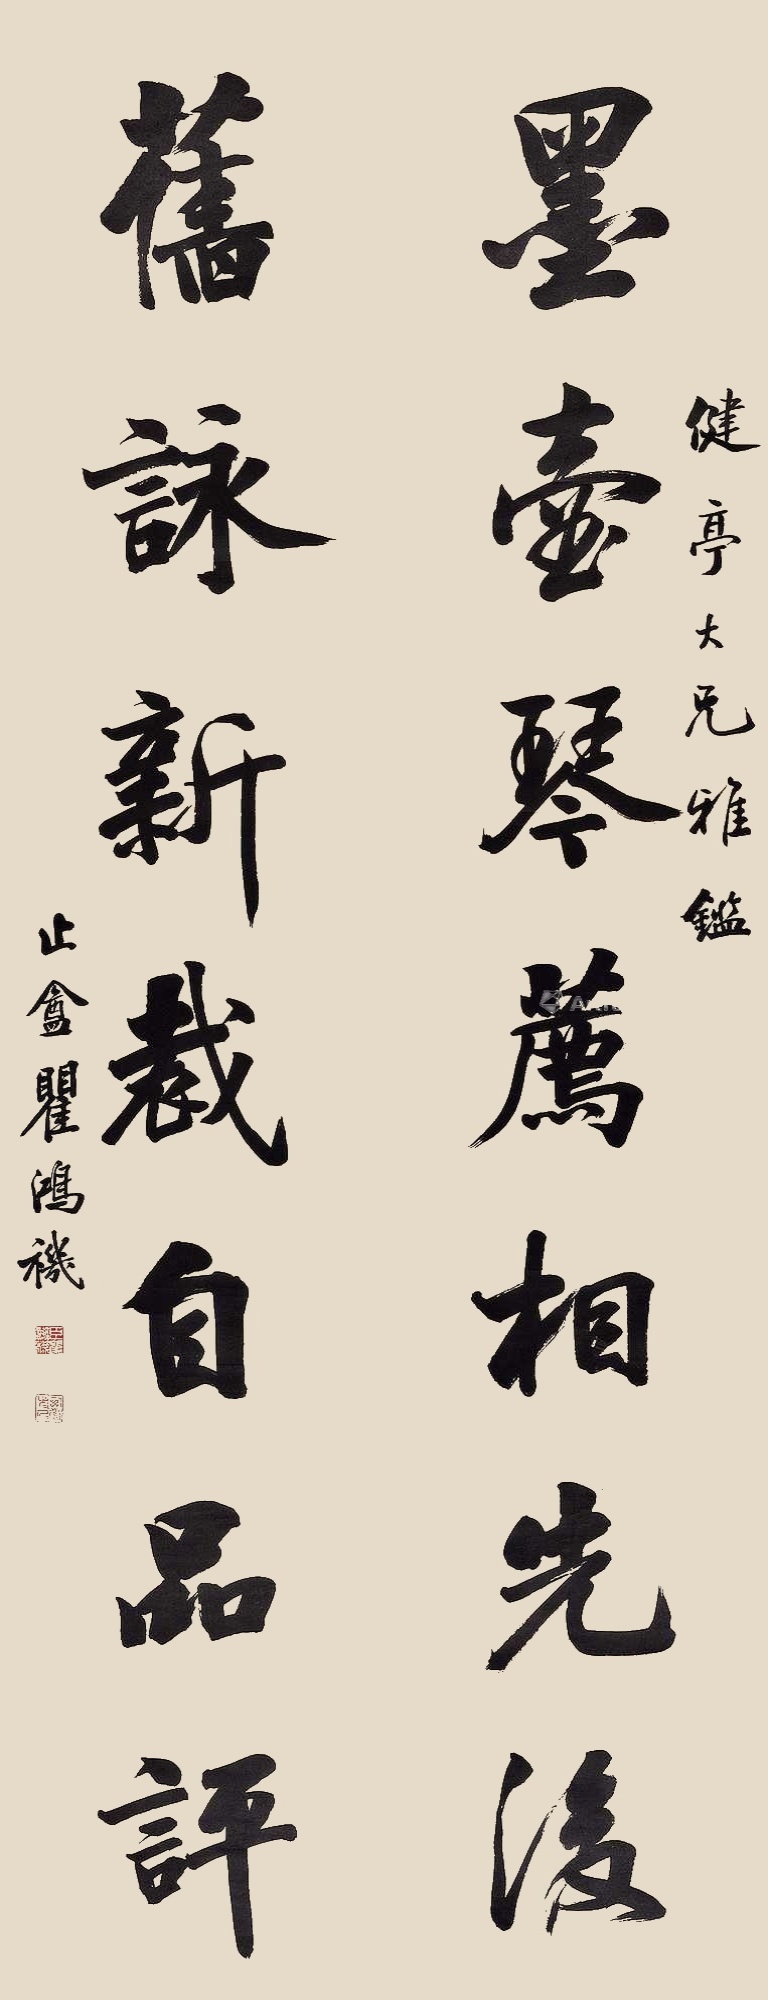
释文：墨壶琴荐相先后，旧咏新裁自品评。健亭大兄雅鉴，止盦瞿鸿禨。